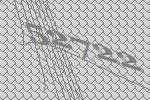
52722